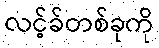
လင့်ခ်တစ်ခုကို